Leaving Certificate Examination (including Day School Certificate (Higher) General paper), 1926
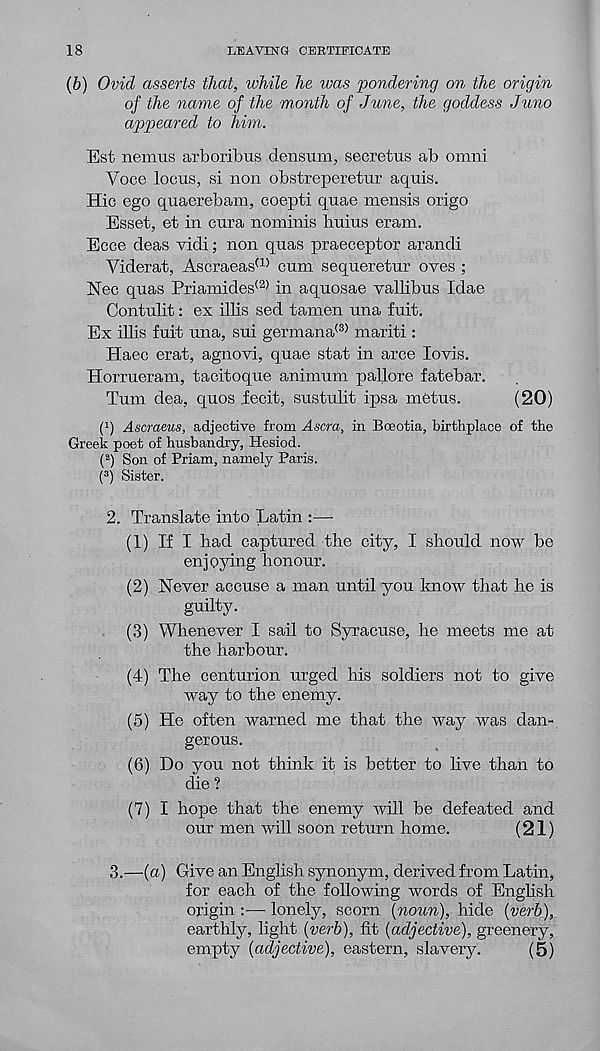
18
LEAVING CERTIFICATE
(b) Ovid asserts that, while he ivas pondering on the origin
of the name of the month of June, the goddess Juno
appeared to him.
Est nemus arboribus densum, secretus ab omni
Voce locus, si non obstreperetur aquis.
Hie ego quaerebam, coepti quae mensis origo
Esset, et in cura nominis huius eram.
Ecce deas vidi; non quas praeceptor arandi
Viderat, Ascraeas (1) cum sequeretur oves ;
Nec quas Priamides (2) in aquosae vallibus Idae
Contulit: ex illis sed tamen una fuit.
Ex illis fuit una, sui germana (3) mariti :
Haec erat, agnovi, quae stat in arce lovis.
Horrueram, tacitoque animum pallore fatebar.
Turn dea, quos .fecit, sustulit ipsa metus.
(20)
(!) Ascraeus, adjective from Ascra, in Boeotia, birthplace of the
Greek poet of husbandry, Hesiod.
( 2 ) Son of Priam, namely Paris.
( 3 ) Sister.
2. Translate into Latin :—
(1) If I had captured the city, I should now be
enjoying honour.
(2) Never accuse a man until you know that he is
guilty.
(3) Whenever I sail to Syracuse, he meets me at
the harbour.
(4) The centurion urged his soldiers not to give
way to the enemy.
(5) He often warned me that the way was dan-
gerous.
(6) Do you not think it is better to live than to
die ?
(7) I hope that the enemy will be defeated and
our men will soon return home.
(21)
3.
—(a) Give an English synon
for each of the following words of English
origin :— lonely, scorn {noun), hide {verb),
earthly, light {verb), fit {adjective), greenery,
empty {adjective), eastern, slavery.
(5)